Medical and sanitary report of the native army of Madras for the year
Year: 1875
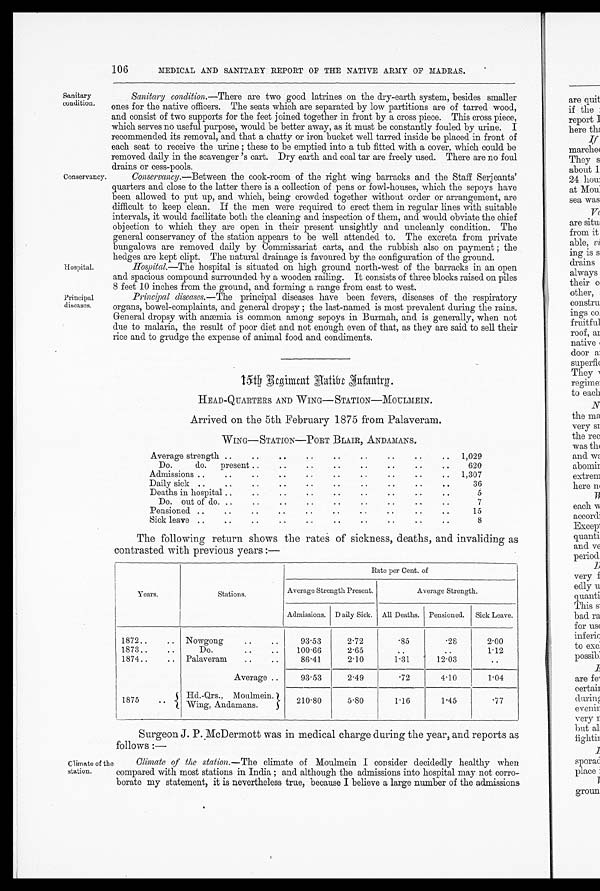
Hospital.
Principal
diseases.
106
MEDICAL AND SANITARY REPORT OF THE NATIVE ARMY OF MADRAS.
Sanitary
condition.
Conservancy.
Sanitary condition.— There are two good latrines on the dry-earth system, besides smaller
ones for the native officers. The seats which are separated by low partitions are of tarred wood,
and consist of two supports for the feet joined together in front by a cross piece. This cross piece,
which serves no useful purpose, would be better away, as it must be constantly fouled by urine. I
recommended its removal, and that a chatty or iron bucket well tarred inside be placed in front of
each seat to receive the urine ; these to be emptied into a tub fitted with a cover, which could be
removed daily in the scavenger 's cart. Dry earth and coal tar are freely used. There are no foul
drains or cess-pools.
Conservancy.—Between the cook-room of the right wing barracks and the Staff Serjeants'
quarters and close to the latter there is a collection of pens or fowl-houses, which the sepoys have
been allowed to put up, and which, being crowded together without order or arrangement, are
difficult to keep clean. If the men were required to erect them in regular lines with suitable
intervals, it would facilitate both the cleaning and inspection o f them, and would obviate the chief
objection to which they are open in their present unsightly and uncleanly condition. The
general conservancy of the station appears to be well attended to. The excreta from private
bungalows are removed daily by Commissariat carts, and the rubbish also on payment; the
hedges are kept clipt. The natural drainage is favoured by the configuration of the ground.
Hospital.—The
hospital
is situated on high ground north-west of the barracks in an open
and spacious compound surrounded by a wooden railing. It consists of three blocks raised on piles
8 feet 10 inches from the ground, and forming a range from east to west.
Principal diseases.— The principal diseases have been fevers, diseases of the respiratory
organs, bowel-complaints, and general dropsy ; the last-named is most prevalent during the rains.
General dropsy with anæmia is common among sepoys in Burmah, and is generally, when not
due to malaria, the result of poor diet and not enough even of that, as they are said to sell their
rice and to grudge the expense of animal food and condiments.
1 5 t h R e g i m e n t A a t i b e I n f a n t r y .
HEAD-QUARTERS AND WING— STATION—MOULMEIN.
Arrived on the 5th February 1875 from Palaveram.
WING—STATION—PORT BLAIR, ANDAMANS .
..
. . . . • .
Average strength ..
..
• •
. .
. .
1,029
Do.
do. present ....
..
. .
. .
. .
. .
620
. .
. .
. .
..
Admissions ..
..
. .
..
..
1,307
. .
. .
. .
. .
. .
Daily sick ....
..
.
.
.
.
36
..
..
. .
Deaths in hospital ..
. .
• .
. •
. .
. .
5
..
..
..
Do. out of do. ....
..
. .
7
. .
. .
. .
Pensioned ...
.
. .
. .
. .
- .
15
..
Sick leave ..
• .
..
..
..
. .
..
. .
8
The following return shows the rates of sickness, deaths, and invaliding as
contrasted with previous years:—
Years .
Stations .
Rate per Cent. of
Average Strength Present.
Average Strength.
Admissions. D aily Sick. All Deaths. Pensioned. Sick Leave.
1872..
.. Nowgong
93.53
2.72
.85
.28
2.00
1873 . . ..
Do.
..
..
100.66
2.65
..
1.12
1874 . .
.. Palaveram
..
..
86.41
2.10
1.31
12.03
. .
Average ..
93.53
2.49
.72
4.10
1.04
1875
• .
Hd. - Qrs., Moulmein.
Win A n
.
Wing, Andamans.
210.80
5.80
1.16
1.45
.77
Surgeon J. P. McDermott was in medical charge during the year, and reports as
follows:—
Climate of the
station.
Climate of the station.— The climate of Moulmein I consider decidedly healthy when
compared with most stations in India ; and although the admissions into hospital may not corro-
borate my statement, it is nevertheless true, because I believe a large number of the admissions